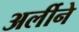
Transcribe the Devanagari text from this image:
अर्लीने